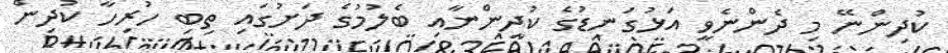
ކުދިންނޭ މި ދެންނެވީ އަޅުގަނޑުގެ ކުދިންނާއި ބެލުމުގެ ދަށުގައި ތިބި ހުރިހާ ކުދިން